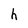
Character: h